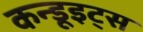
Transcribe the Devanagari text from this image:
कन्डूइट्स